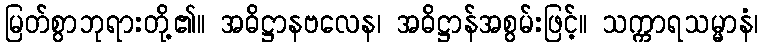
မြတ်စွာဘုရားတို့၏။ အဓိဋ္ဌာနဗလေန၊ အဓိဋ္ဌာန်အစွမ်းဖြင့်။ သက္ကာရသမ္မာနံ၊